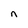
Character: n